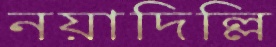
নয়াদিল্লি